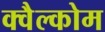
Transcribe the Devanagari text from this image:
क्वैल्कोम